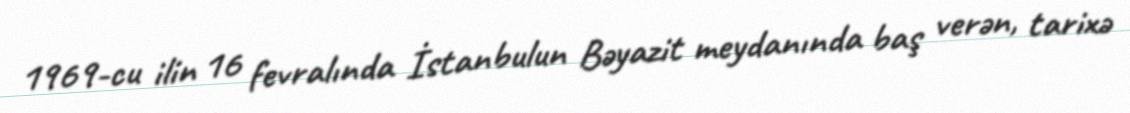
1969-cu ilin 16 fevralında İstanbulun Bəyazit meydanında baş verən, tarixə